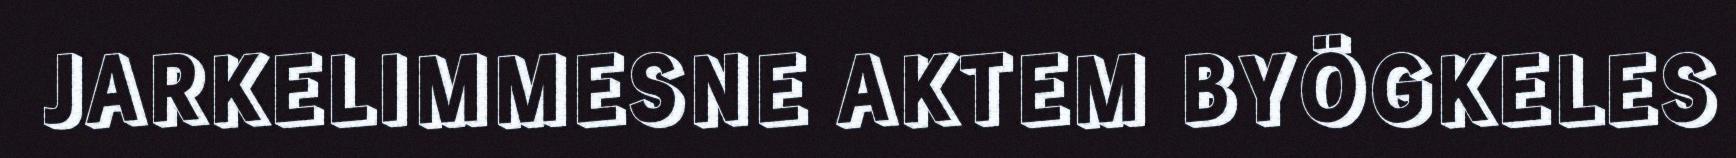
JARKELIMMESNE AKTEM BYÖGKELES